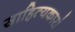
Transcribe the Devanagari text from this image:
साहित्यकारां